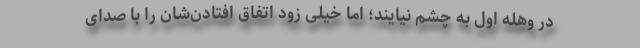
در وهله اول به چشم نیایند؛ اما خیلی زود اتفاق افتادن‌شان را با صدای